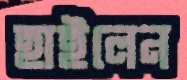
হাইলেন